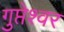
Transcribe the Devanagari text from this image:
गुप्तेश्‍वर